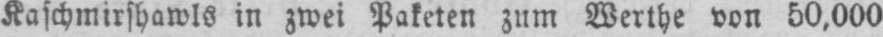
Kaschmirshawls in zwei Paketen zum Werthe von 50,000